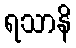
ရသာနိ